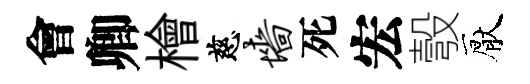
會卿檜慈墙死宏彀厭